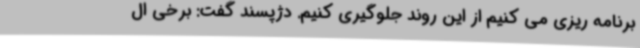
برنامه ریزی می کنیم از این روند جلوگیری کنیم. دژپسند گفت: برخی ال